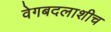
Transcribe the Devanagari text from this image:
वेगबदलाशीच